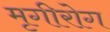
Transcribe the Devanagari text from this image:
मृगीरोग